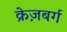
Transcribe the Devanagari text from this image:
क्रेज़बर्ग